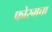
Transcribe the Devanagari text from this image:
फोरमचा